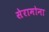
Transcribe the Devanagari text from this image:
सेरामोना